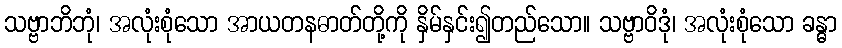
သဗ္ဗာဘိဘုံ၊ အလုံးစုံသော အာယတနဓာတ်တို့ကို နှိမ်နှင်း၍တည်သော။ သဗ္ဗာဝိဒုံ၊ အလုံးစုံသော ခန္ဓာ